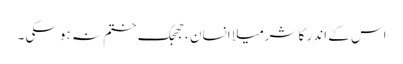
اس کے اندر کا شرمیلا انسان ،جھجک ختم نہ ہوسکی ۔